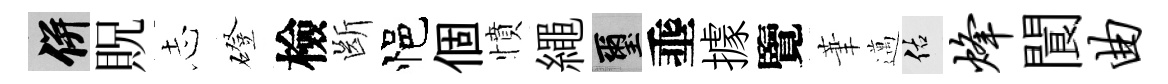
并貺𢖽磴檢㫁悒個憤繩璽埀據覽茟邁佑烽閬曲